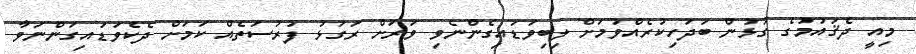
މިއީ ދެޤައުމުގެ ގުޅުން ބަދަހިކުރެއްވުމަށް ލިބިވަޑައިގެންނެވި ވަރަށް ރަގަޅު ފުރުސަތެއް ކަމަށް ދެކެވަޑައިގަންނަވާ